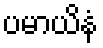
ပမာယိနံ